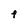
Character: F